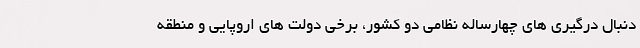
دنبال درگیری های چهارساله نظامی دو کشور، برخی دولت های اروپایی و منطقه